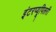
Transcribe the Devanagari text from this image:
इंटरप्यूपिलरी